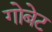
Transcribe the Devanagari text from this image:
गोबेट